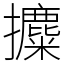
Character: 攗